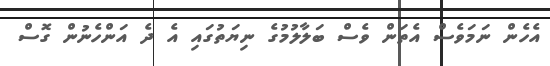
އެހެން ނަމަވެސް އެތަން ވެސް ބަލާލުމުގެ ނިޔަތުގައި އެ ދެ އަންހެނުން ގޮސް